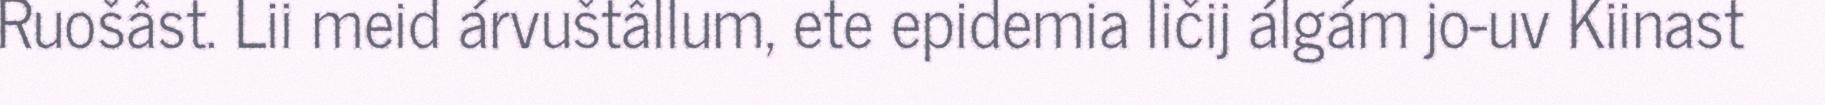
Ruošâst. Lii meid árvuštâllum, ete epidemia ličij álgám jo-uv Kiinast